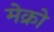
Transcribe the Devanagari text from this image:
मेक्रो